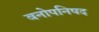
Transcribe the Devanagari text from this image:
वनोपनिषद